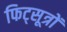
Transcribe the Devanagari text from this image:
फिट्सूत्रों